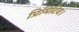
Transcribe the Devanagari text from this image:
प्रिमिटिव।